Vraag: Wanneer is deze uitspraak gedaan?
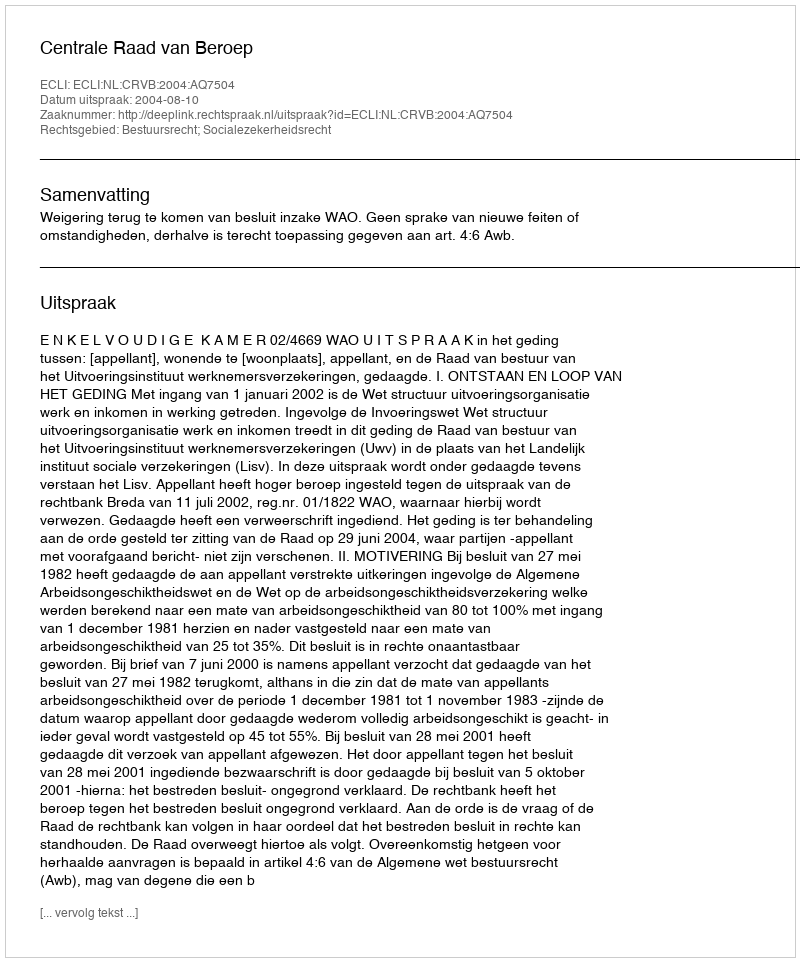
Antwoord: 2004-08-10